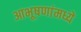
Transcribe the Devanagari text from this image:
आभूषणांमध्ये